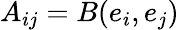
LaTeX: A_{ij}=B(e_{i},e_{j})